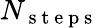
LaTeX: N_{\mathrm{~s~t~e~p~s~}}